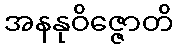
အနနုဝိဇ္ဇောတိ